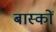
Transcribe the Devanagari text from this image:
बास्कों